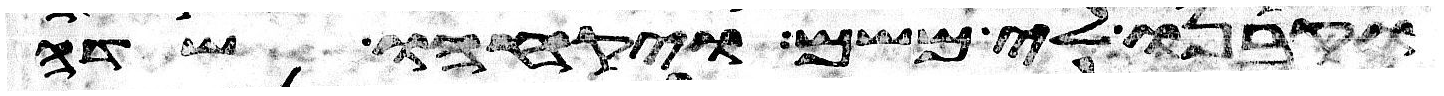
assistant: וקבנו לי משם ויקחהו שדה